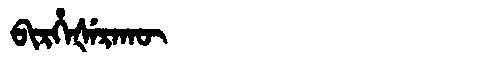
Manchu: ᠪᡳᡵᡥᡝᡧᡝᡵᠠᡴᡡ
Romanization: BIRHEŠERAKŪ